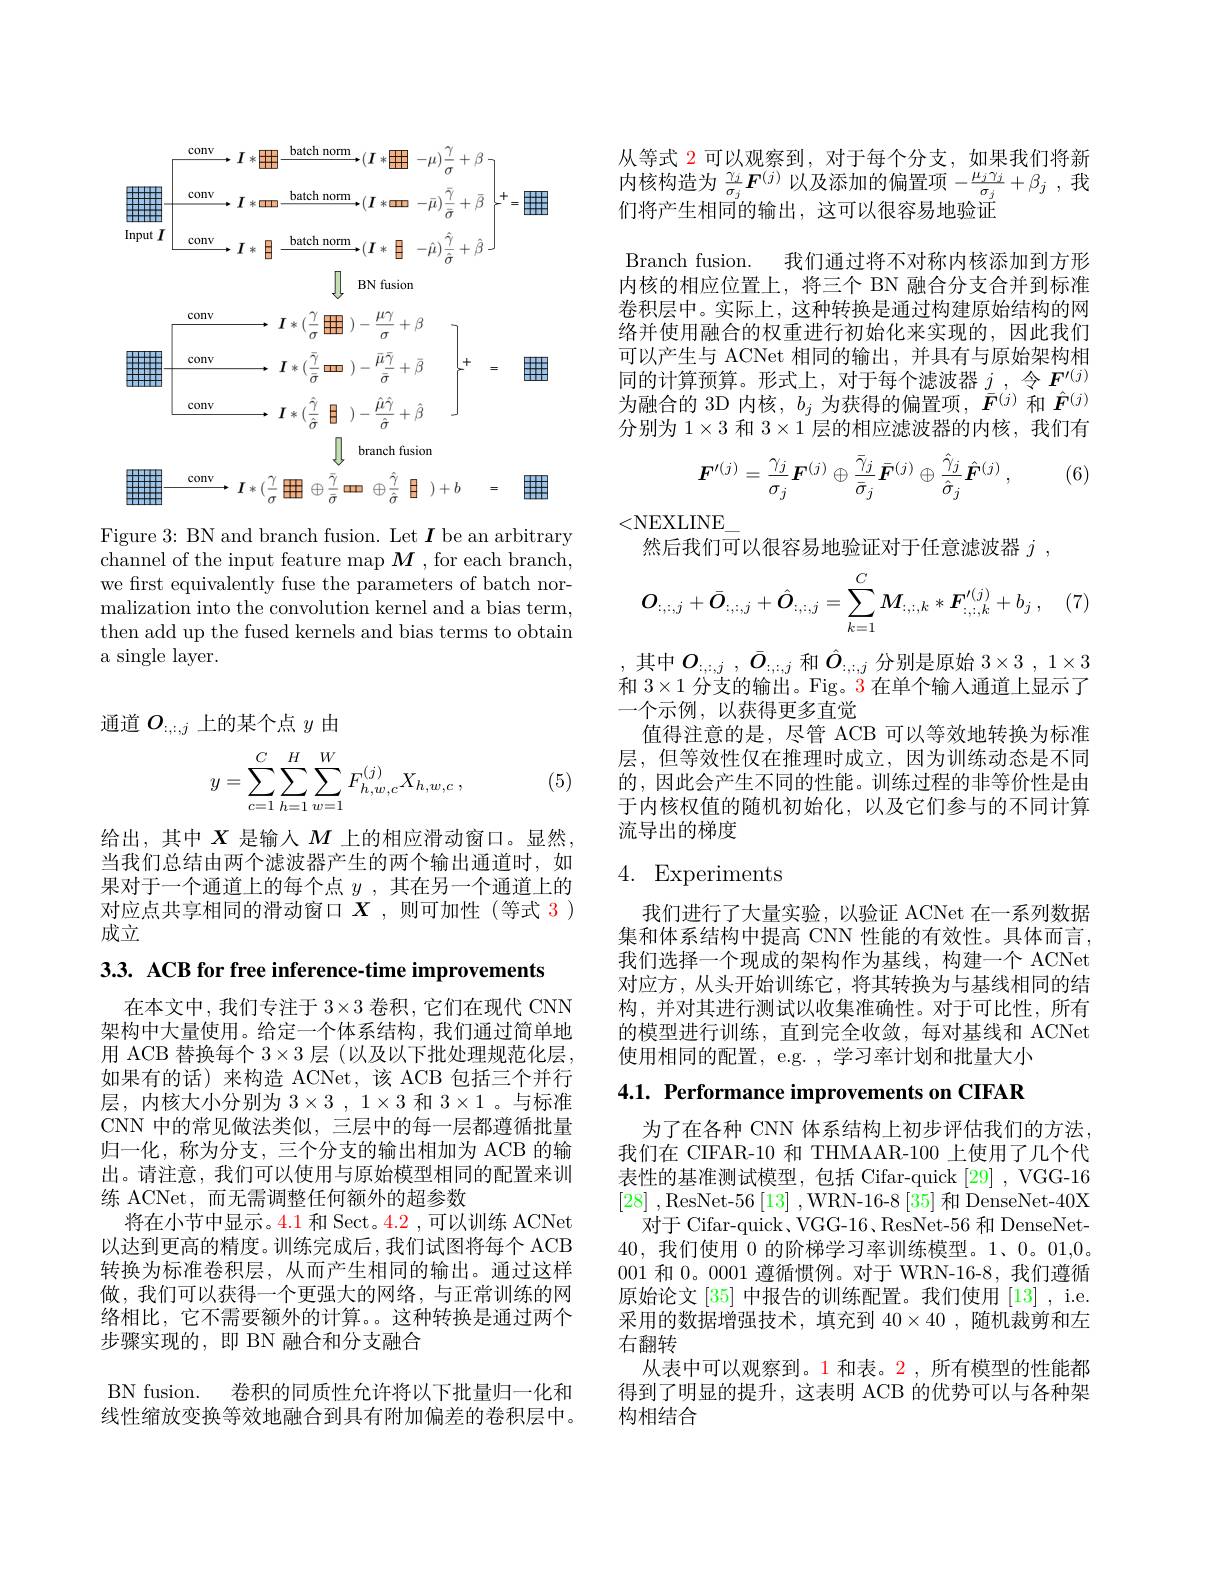
Figure 3: BN and branch fusion. Let $I$ be an arbitrary channel of the input feature map $M$ , for each branch, we first equivalently fuse the parameters of batch normalization into the convolution kernel and a bias term, then add up the fused kernels and bias terms to obtain a single layer.

通道$O_{:,:,j}$上的某个点$y$由
$$\begin{aligned}y=\sum_{c=1}^C\sum_{h=1}^H\sum_{w=1}^WF_{h,w,c}^{(j)}X_{h,w,c}\:,\end{aligned}$$
(5)

给出，其中$X$是输人$M$上的相应滑动窗口。显然， 当我们总结由两个滤波器产生的两个输出通道时，如果对于一个通道上的每个点$y$ ,其在另一个通道上的对应点共享相同的滑动窗口$X$ ,则可加性 (等式 3 ) 成立

3.3. ACB for free inference-time improvements

在本文中，我们专注于$3\times3$卷积，它们在现代 CNN 架构中大量使用。给定一个体系结构，我们通过简单地用 ACB 替换每个$3\times3$层 (以及以下批处理规范化层， 如果有的话)来构造 ACNet,该 ACB 包括三个并行层，内核大小分别为$3\times3,1\times3$和$3\times1$ 。与标准CNN 中的常见做法类似，三层中的每一层都遵循批量归一化，称为分支，三个分支的输出相加为 ACB 的输出。请注意，我们可以使用与原始模型相同的配置来训练 ACNet,而无需调整任何额外的超参数
将在小节中显示。4.1 和 Sect。4.2 ,可以训练 ACNet 以达到更高的精度。训练完成后，我们试图将每个 ACB 转换为标准卷积层，从而产生相同的输出。通过这样做，我们可以获得一个更强大的网络，与正常训练的网络相比，它不需要额外的计算。。这种转换是通过两个步骤实现的，即 BN 融合和分支融合
BN fusion. 卷积的同质性允许将以下批量归一化和线性缩放变换等效地融合到具有附加偏差的卷积层中。

从等式 2 可以观察到，对于每个分支，如果我们将新内核构造为$\frac{\gamma_j}{\sigma_j}\boldsymbol{F}^{(j)}$以及添加的偏置项$- \frac {\sigma _j}{+ }\beta _j$ ,我们将产生相同的输出，这可以很容易地验证
Branch fusion. 我们通过将不对称内核添加到方形内核的相应位置上，将三个 BN 融合分支合并到标准卷积层中。实际上，这种转换是通过构建原始结构的网络并使用融合的权重进行初始化来实现的，因此我们可以产生与 ACNet 相同的输出，并具有与原始架构相同的计算预算。形式上，对于每个滤波器$j,令F^\prime(j)$ 为融合的 3D 内核，$b_j$为获得的偏置项，$\bar{\boldsymbol{F}}^{(j)}$和$\hat{\boldsymbol{F}}^{(j)}$ 分别为$1\times3$和$3\times1$层的相应滤波器的内核，我们有

(6)
$$\boldsymbol{F}'^{(j)}=\frac{\gamma_{j}}{\sigma_{j}}\boldsymbol{F}^{(j)}\oplus\frac{\bar{\gamma}_{j}}{\bar{\sigma}_{j}}\bar{\boldsymbol{F}}^{(j)}\oplus\frac{\hat{\gamma}_{j}}{\hat{\sigma}_{j}}\hat{\boldsymbol{F}}^{(j)}\:,$$
<NEXLINE]
然后我们可以很容易地验证对于任意滤波器$j$ ,
$$O_{:,:,j}+\bar{O}_{:,:,j}+\hat{O}_{:,:,j}=\sum_{k=1}^{C}\boldsymbol{M}_{:,:,k}*\boldsymbol{F}_{:,:,k}^{\prime(j)}+b_{j}\:,$$
, 其中$O_{: , : , j}$ , $\bar{O} _{: , : , j}$ 和$\hat{O}_{:,:,j}$ 分别是原始 $3\times 3$ , $1\times 3$ 和$3\times1$分支的输出。Fig。3 在单个输入通道上显示了一个示例，以获得更多直觉
值得注意的是，尽管 ACB 可以等效地转换为标准层，但等效性仅在推理时成立，因为训练动态是不同的，因此会产生不同的性能。训练过程的非等价性是由于内核权值的随机初始化，以及它们参与的不同计算流导出的梯度

## 4. Experiments

我们进行了大量实验，以验证 ACNet 在一系列数据集和体系结构中提高 CNN 性能的有效性。具体而言， 我们选择一个现成的架构作为基线，构建一个 ACNet 对应方，从头开始训练它，将其转换为与基线相同的结构，并对其进行测试以收集准确性。对于可比性，所有的模型进行训练，直到完全收敛，每对基线和 ACNet 使用相同的配置，e.g. , 学习率计划和批量大小

4.1. Performance improvements on CIFAR

为了在各种 CNN 体系结构上初步评估我们的方法， 我们在 CIFAR-10 和 THMAAR-100 上使用了几个代表性的基准测试模型，包括 Cifar-quick [29] , VGG-16 [28] ,ResNet-56$\left [ 13\right ]$ ,WRN-16-8$\left[35\right]$和DenseNet-40X
对于 Cifar-quick、VGG-16、ResNet-56 和 DenseNet- 40,我们使用0的阶梯学习率训练模型。1、0。01,0。001和0。0001遵循惯例。对于 WRN-16-8,我们遵循原始论文[35]中报告的训练配置。我们使用 [13] , i.e. 采用的数据增强技术，填充到$40\times40$ ,随机裁剪和左右翻转
从表中可以观察到。1 和表。2,所有模型的性能都得到了明显的提升，这表明 ACB 的优势可以与各种架构相结合